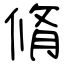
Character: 脩